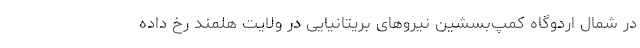
در شمال اردوگاه کمپ‌بسشین نیروهای بریتانیایی در ولایت هلمند رخ داده